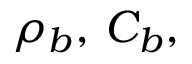
\rho _ { b } , \, C _ { b } ,